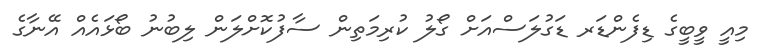
މިއީ ވީބީގެ ޑިފެންޑަރ ޑަގުލަސްއަށް ގޯލު ކުރިމަތިން ސާފުކޮށްލަން ލިބުނު ބޯޅައެއް އޭނާގެ